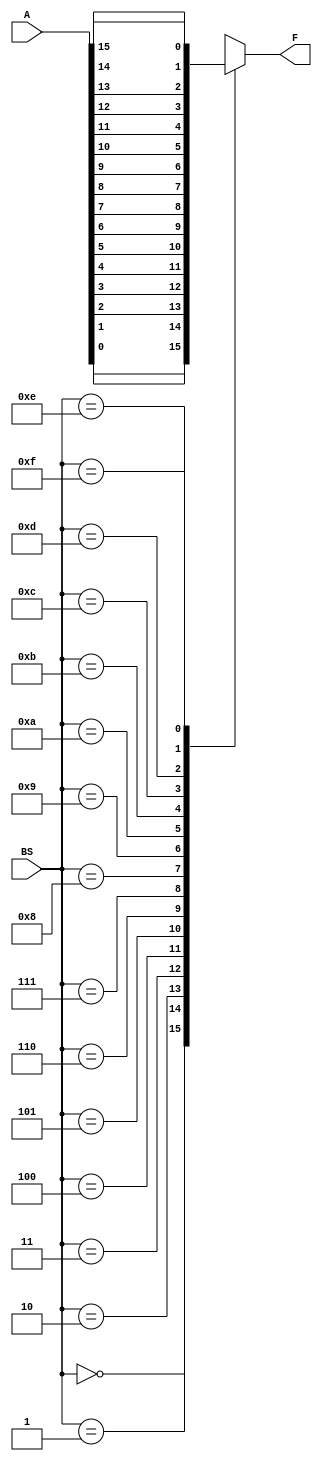
module Bit_Test_16bit(F, A, BS);

input[15:0] A;
input[3:0] BS;
output reg F;

always @(A) begin
case (BS[3:0])
4'b0000: begin  F = A[0]; //Bit 0
end

4'b0001: begin  F = A[1]; //Bit 1
end

4'b0010: begin  F = A[2]; //Bit 2
end

4'b0011: begin  F = A[3]; //Bit 3
end

4'b0100: begin  F = A[4]; //Bit 4
end

4'b0101: begin  F = A[5]; //Bit 5
end

4'b0110: begin  F = A[6]; //Bit 6
end

4'b0111: begin  F = A[7]; //Bit 7
end

4'b1000: begin  F = A[8]; //Bit 8
end

4'b1001: begin  F = A[9]; //Bit 9
end

4'b1010: begin  F = A[10]; //Bit 10
end

4'b1011: begin  F = A[11]; //Bit 11
end

4'b1100: begin  F = A[12]; //Bit 12
end

4'b1101: begin  F = A[13]; //Bit 13
end

4'b1110: begin  F = A[14]; //Bit 14
end

4'b1111: begin  F = A[15]; //Bit 15
end

endcase

end

endmodule